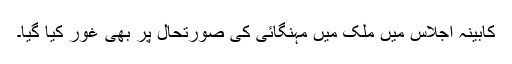
کابینہ اجلاس میں ملک میں مہنگائی کی صورتحال پر بھی غور کیا گیا۔